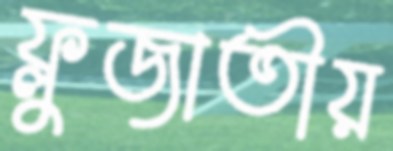
ফ্লুজাতীয়